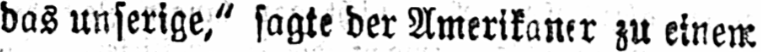
das unserige,“ sagte der Amerikaner zu einem